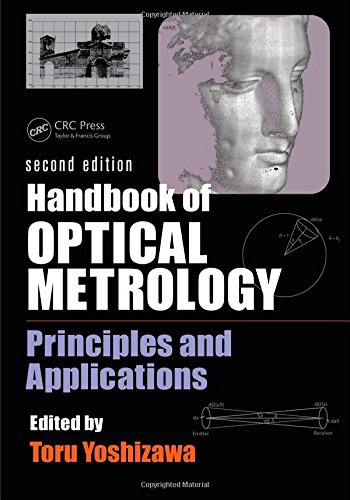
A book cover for Handbook of Optical Metrology: Principles and Applications, Second Edition; Science & Math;